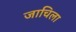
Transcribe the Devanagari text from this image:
जाचिला